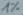
Text: 1%